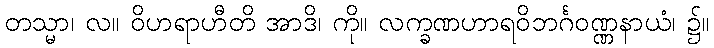
တသ္မာ၊ လ။ ဝိဟရာဟီတိ အာဒိ၊ ကို။ လက္ခဏဟာရဝိဘင်္ဂဝဏ္ဏနာယံ၊ ၌။